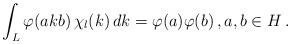
LaTeX: \begin{align*}\int_L \varphi (a k b)\, \chi_l (k)\, d k = \varphi (a) \varphi (b)\, , a,b\in H\, .\end{align*}